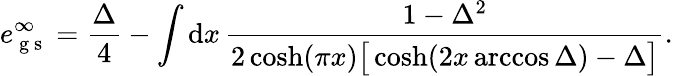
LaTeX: e_{\mathrm{~g~s~}}^{\infty}=\frac{\Delta}{4}-\int\mathrm{d}x\, \frac{1-\Delta^{2}}{2\cosh(\pi x)\big[\cosh(2x\operatorname{arccos}{\Delta})-\Delta\big]}.